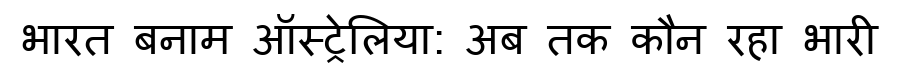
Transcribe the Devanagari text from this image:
भारत बनाम ऑस्ट्रेलिया: अब तक कौन रहा भारी